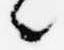
々